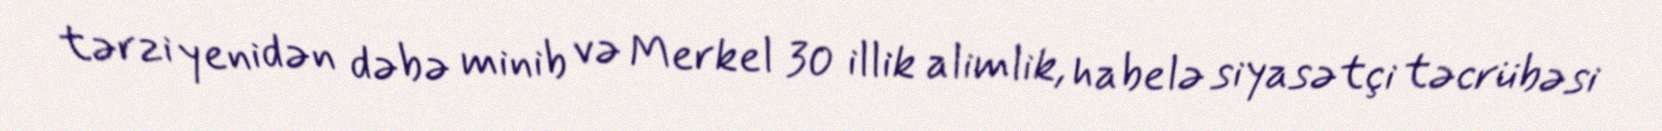
tərzi yenidən dəbə minib və Merkel 30 illik alimlik, habelə siyasətçi təcrübəsi